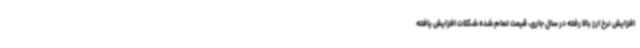
افزایش نرخ ارز بالا رفته در سال جاری، قیمت تمام شده شکلات افزایش یافته